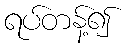
ရပ်တန့်၍